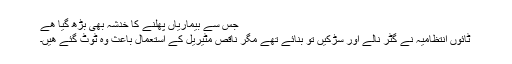
جس سے بیماریاں پھلنے کا خدشہ بھی بڑھ گیا ھے
ٹائوں انتظامیہ نے گٹر نالے اور سڑکیں تو بنائے تھے مگر ناقص مٹیریل کے استعمال باعث وہ ٹوٹ گئے ھیں۔